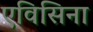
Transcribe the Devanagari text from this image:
एविसिना